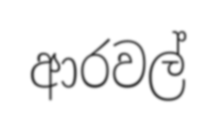
ආරවල්